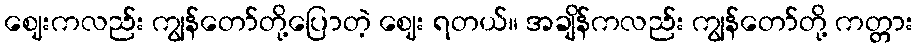
ဈေးကလည်း ကျွန်တော်တို့ပြောတဲ့ ဈေး ရတယ်။ အချိန်ကလည်း ကျွန်တော်တို့ ကတ္တား